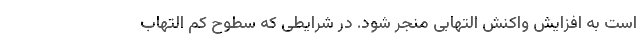
است به افزایش واکنش التهابی منجر شود. در شرایطی که سطوح کم التهاب